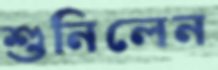
শুনিলেন